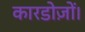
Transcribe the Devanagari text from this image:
कारडोज़ों।